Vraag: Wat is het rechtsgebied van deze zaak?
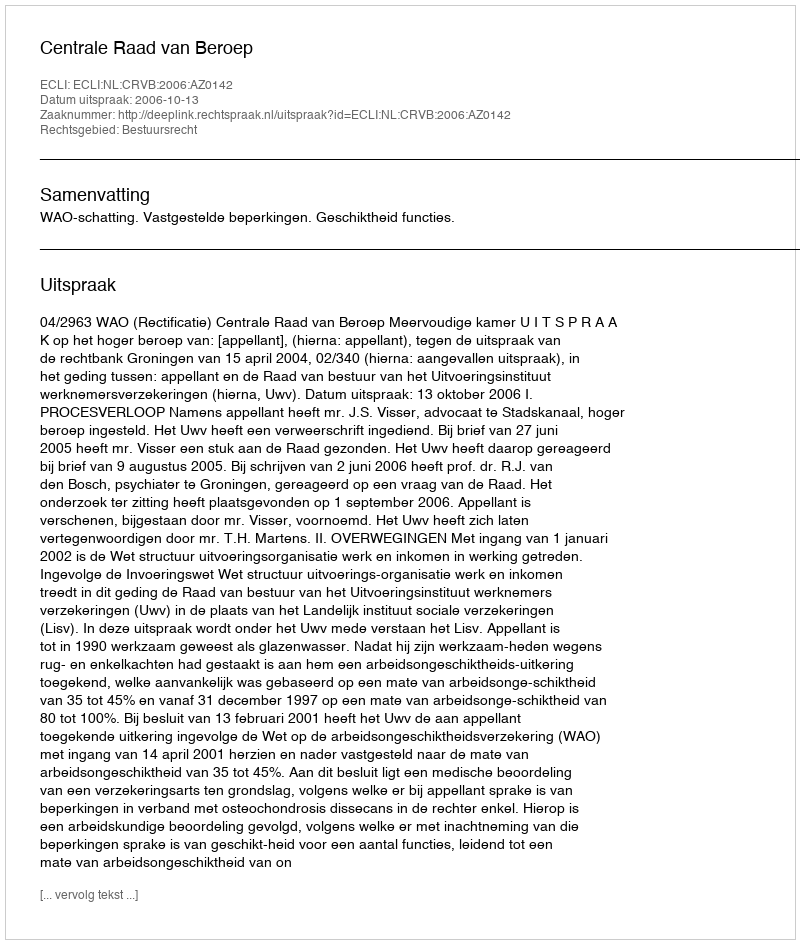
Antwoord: Bestuursrecht